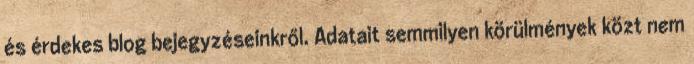
és érdekes blog bejegyzéseinkről. Adatait semmilyen körülmények közt nem